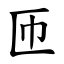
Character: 匝